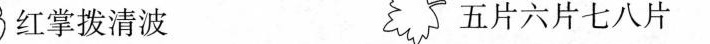
红掌拨清波 五片六片七八片